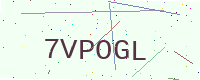
Text: 7VPOGL